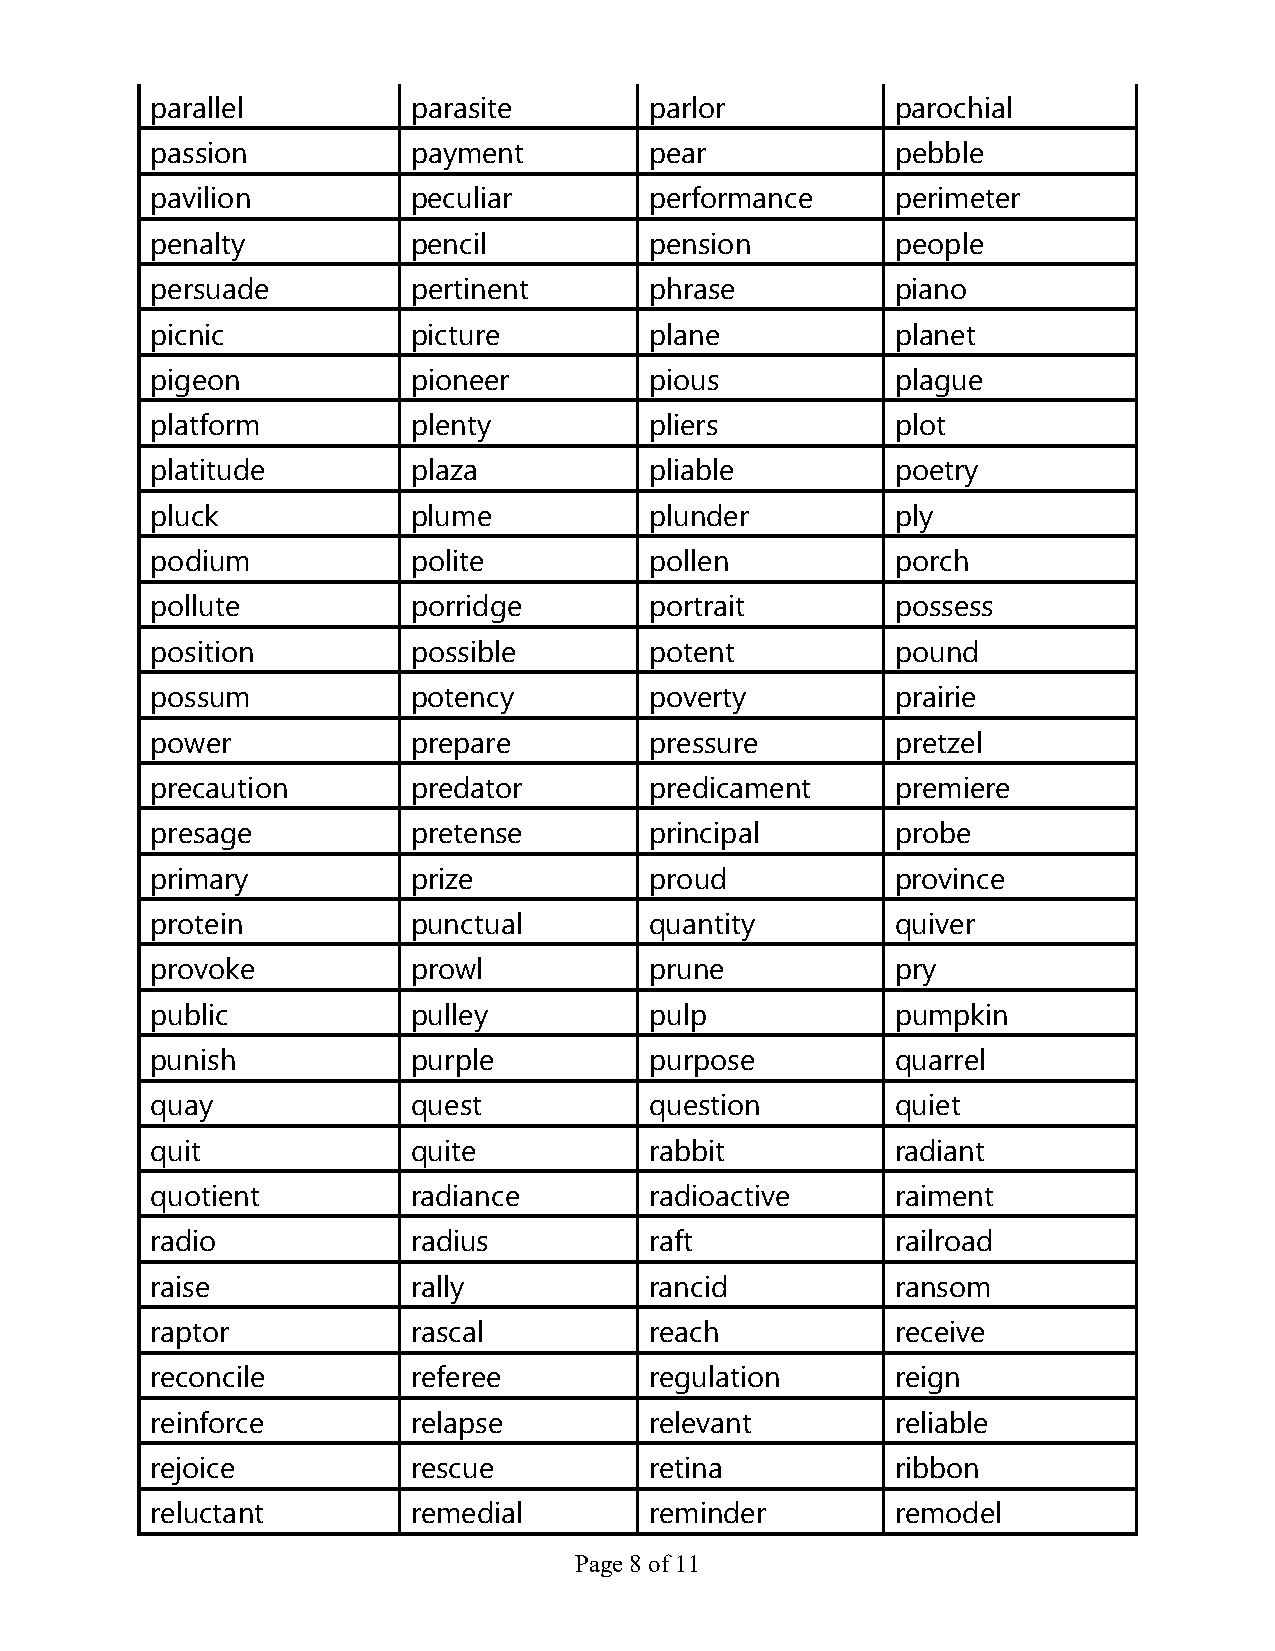
parallel         parasite        parlor          parochial
 passion          payment         pear            pebble
 pavilion         peculiar        performance     perimeter
 penalty          pencil          pension         people
 persuade         pertinent       phrase          piano
 picnic           picture         plane           planet
 pigeon           pioneer         pious           plague
 platform         plenty          pliers          plot
 platitude        plaza           pliable         poetry
 pluck            plume           plunder         ply
 podium           polite          pollen          porch
 pollute          porridge        portrait        possess
 position         possible        potent          pound
 possum           potency         poverty         prairie
 power            prepare         pressure        pretzel
 precaution       predator        predicament     premiere
 presage          pretense        principal       probe
 primary          prize           proud           province
 protein          punctual        quantity        quiver
 provoke          prowl           prune           pry
 public           pulley          pulp            pumpkin
 punish           purple          purpose         quarrel
 quay             quest           question        quiet
 quit             quite           rabbit          radiant
 quotient         radiance        radioactive     raiment
 radio            radius          raft            railroad
 raise            rally           rancid          ransom
 raptor           rascal          reach           receive
 reconcile        referee         regulation      reign
 reinforce        relapse         relevant        reliable
 rejoice          rescue          retina          ribbon
 reluctant        remedial        reminder        remodel
 Page 8 of 11